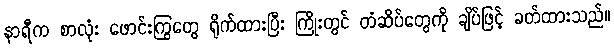
နာရီက စာလုံး ဖောင်းကြွတွေ ရိုက်ထားပြီး ကြိုးတွင် တံဆိပ်တွေကို ချိပ်ဖြင့် ခတ်ထားသည်။